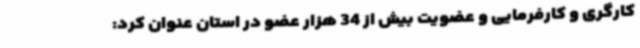
کارگری و کارفرمایی و عضویت بیش از 34 هزار عضو در استان عنوان کرد: